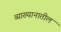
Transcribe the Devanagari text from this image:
व्याख्यानातील